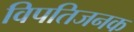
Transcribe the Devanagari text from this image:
विपतिजनक